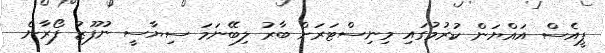
ޕީއެސް އައްޔަން ކުރުމުގައިި މިނިސްޓަރަށް ބާރު ލިބޭނަމަ ސިޔާސީ ނުފޫޒު ފޯރާނެ